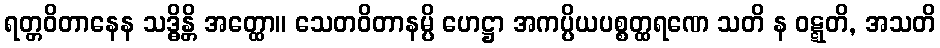
ရတ္တဝိတာနေန သဒ္ဓိန္တိ အတ္ထော။ သေတဝိတာနမ္ပိ ဟေဋ္ဌာ အကပ္ပိယပစ္စတ္ထရဏေ သတိ န ဝဋ္ဋတိ, အသတိ